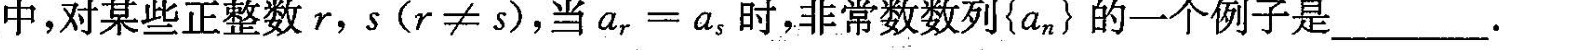
中，对某些正整数r,s(r\ne s)时，{a_{n}}必定是常数数列.然而在等比数列{a_{n}}